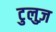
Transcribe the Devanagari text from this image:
टुलुज़